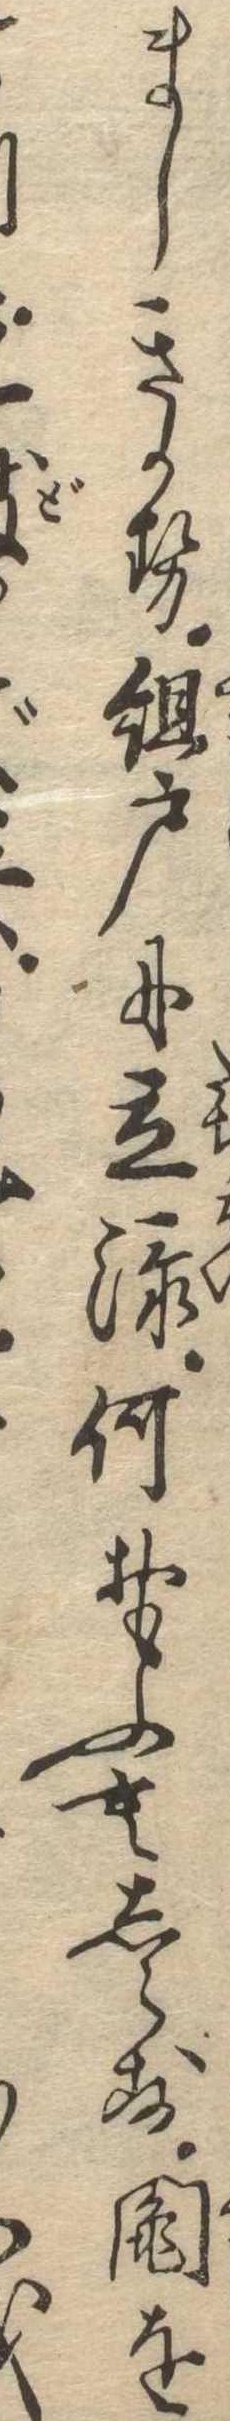
ましきかせ組戸に立添何おもふもしらず鬮を